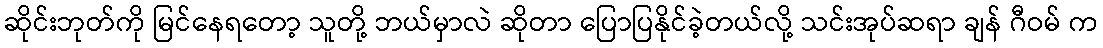
ဆိုင်းဘုတ်ကို မြင်နေရတော့ သူတို့ ဘယ်မှာလဲ ဆိုတာ ပြောပြနိုင်ခဲ့တယ်လို့ သင်းအုပ်ဆရာ ချန် ဂီဝမ် က